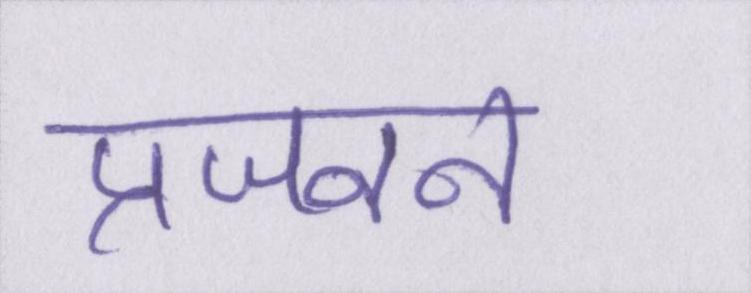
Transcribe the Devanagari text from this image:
प्रजनन